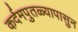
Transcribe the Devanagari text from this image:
कर्दमपुतळ्यापासुन